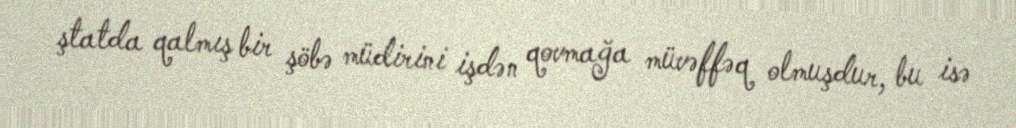
ştatda qalmış bir şöbə müdirini işdən qovmağa müvəffəq olmuşdur, bu isə